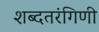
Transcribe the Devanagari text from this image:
शब्दतरंगिणी